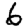
Digit: 6